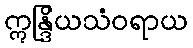
ဣန္ဒြိယသံဝရာယ